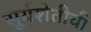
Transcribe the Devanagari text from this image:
सूर्यशेतीची